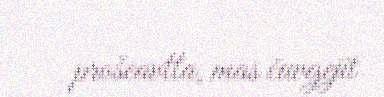
prošeavtta, mas čuvgejit